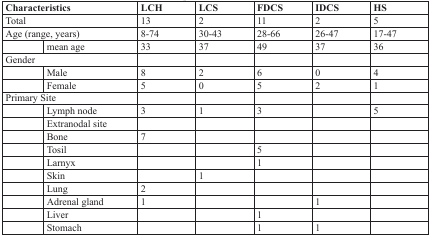
| <COLSPAN=2> Characteristics | LCH | LCS | FDCS | IDCS | HS |
 | --- | --- | --- | --- | --- | --- | --- |
 | <COLSPAN=2> Total | 13 | 2 | 11 | 2 | 5 |
 | <COLSPAN=2> Age (range, years) | 8-74 | 30-43 | 28-66 | 26-47 | 17-47 |
 |  | mean age | 33 | 37 | 49 | 37 | 36 |
 | <COLSPAN=2> Gender |  |  |  |  |  |
 |  | Male | 8 | 2 | 6 | 0 | 4 |
 |  | Female | 5 | 0 | 5 | 2 | 1 |
 | <COLSPAN=2> Primary Site |  |  |  |  |  |
 |  | Lymph node | 3 | 1 | 3 |  | 5 |
 |  | Extranodal site |  |  |  |  |  |
 |  | Bone | 7 |  |  |  |  |
 |  | Tosil |  |  | 5 |  |  |
 |  | Larnyx |  |  | 1 |  |  |
 |  | Skin |  | 1 |  |  |  |
 |  | Lung | 2 |  |  |  |  |
 |  | Adrenal gland | 1 |  |  | 1 |  |
 |  | Liver |  |  | 1 |  |  |
 |  | Stomach |  |  | 1 | 1 |  |